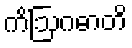
ကိံဩဂဓာတိ